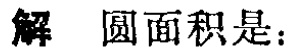
解 圆面积是：